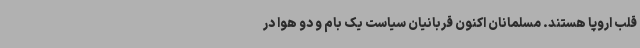
قلب اروپا هستند. مسلمانان اکنون قربانیان سیاست یک بام و دو هوا در